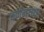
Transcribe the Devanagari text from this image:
वर्णनांच्या